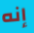
إنه